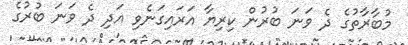
މުބާރާތުގެ ދެ ވަނަ ބުރުން ކިރިޔާ އަރައިގަނެވި އަދި ދެ ވަނަ ބުރުގެ